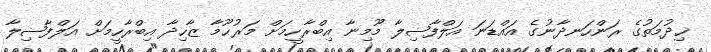
ޚިދުމަތުގެ ރަންހަނދާނުގެ އައްޑަނަ އަލްފާޟިލާ މޫމިނާ އިބްރާހީމަށް މަރުޙޫމާ ޒާހިދާ އިބްރާހީމަށް އަލްފާޟިލާ